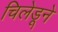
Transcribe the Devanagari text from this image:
चिलेडूने